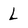
Character: l